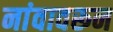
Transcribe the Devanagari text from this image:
नांवावरून